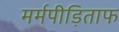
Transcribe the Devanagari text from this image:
मर्मपीड़िताफ